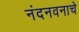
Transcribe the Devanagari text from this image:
नंदनवनाचे